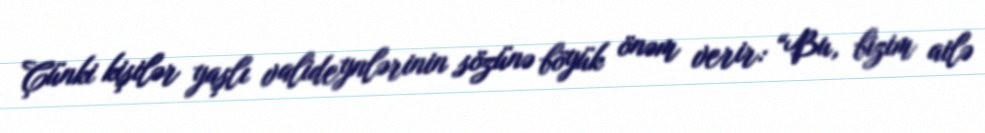
Çünki kişilər yaşlı valideynlərinin sözünə böyük önəm verir: “Bu, bizim ailə